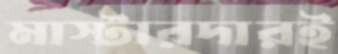
মাস্টারদারই